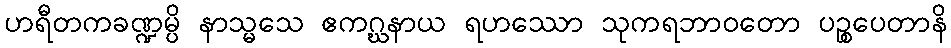
ဟရီတကခဏ္ဍမ္ပိ နာသ္မသေ ဧကဂ္ဃနာယ ရဟဿော သုကရဘာဝတော ပဉ္စပေတာနိ